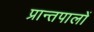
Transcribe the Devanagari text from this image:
प्रान्तपालों